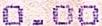
0.00